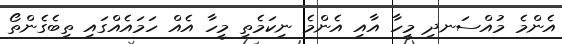
އެންމެ މުއްސަނދި މީހާ އާއި އެންމެ ނިކަމެތި މީހާ އެއް ހަމައެއްގައި ތިބެގެންތޯ